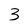
Character: 3